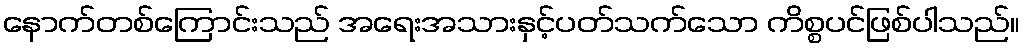
နောက်တစ်ကြောင်းသည် အရေးအသားနှင့်ပတ်သက်သော ကိစ္စပင်ဖြစ်ပါသည်။